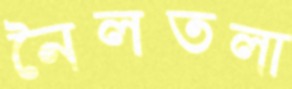
নৈলতলা